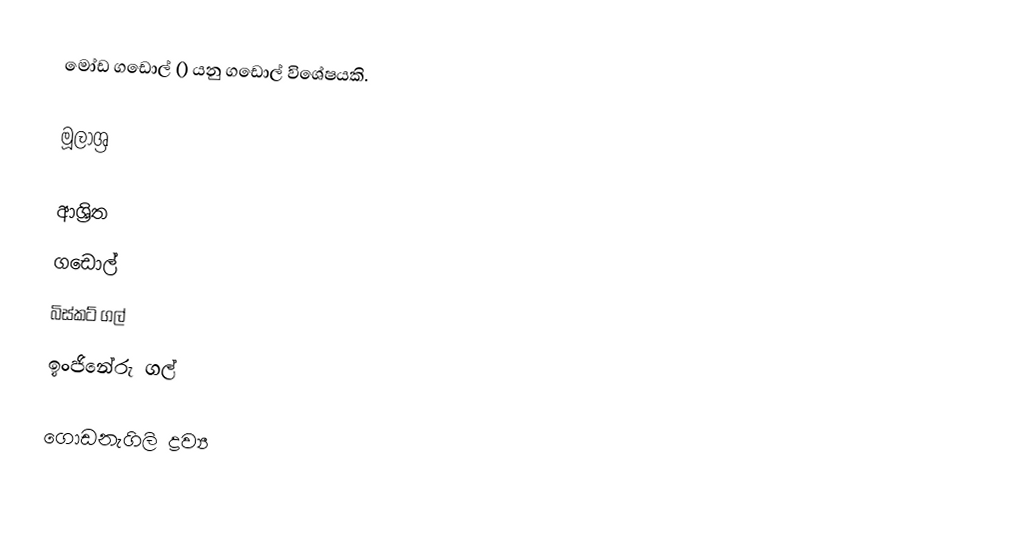
මෝඩ ගඩොල් () යනු ගඩොල් විශේෂයකි.

මූලාශ්‍ර

ආශ්‍රිත
 ගඩොල්
 බිස්කට් ගල්
 ඉංජිනේරු ගල්

ගොඩනැගිලි ද්‍රව්‍ය